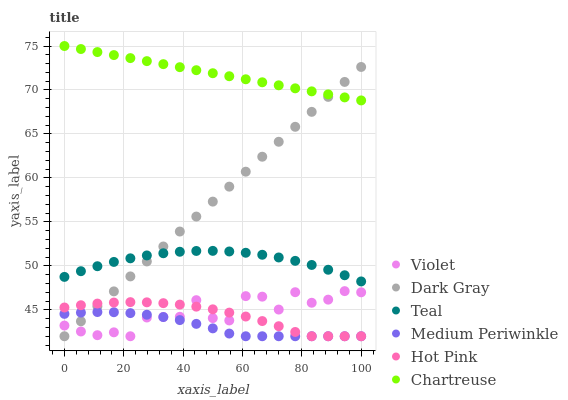
| xaxis_label | Violet | Dark Gray | Teal | Medium Periwinkle | Hot Pink | Chartreuse |
 | --- | --- | --- | --- | --- | --- | --- |
 | 0 | 43.2 | 42 | 48.7 | 44.5 | 45.3 | 75 |
 | 5.56 | 42.5 | 43.7 | 49.4 | 44.7 | 45.5 | 74.7 |
 | 11.1 | 42.1 | 45.4 | 50 | 44.8 | 45.7 | 74.3 |
 | 16.7 | 42.4 | 47.1 | 50.5 | 44.7 | 45.8 | 74 |
 | 22.2 | 42 | 48.8 | 50.9 | 44.6 | 45.9 | 73.6 |
 | 27.8 | 44.1 | 50.5 | 51.2 | 44.4 | 45.9 | 73.3 |
 | 33.3 | 44.2 | 52.2 | 51.4 | 44.2 | 45.8 | 72.9 |
 | 38.9 | 44.2 | 53.9 | 51.6 | 43.8 | 45.6 | 72.6 |
 | 44.4 | 46.1 | 55.6 | 51.7 | 43.4 | 45.4 | 72.3 |
 | 50 | 44.1 | 57.3 | 51.7 | 42.9 | 45.1 | 71.9 |
 | 55.6 | 43.8 | 59 | 51.6 | 42.3 | 44.7 | 71.6 |
 | 61.1 | 46.6 | 60.7 | 51.5 | 42 | 44.2 | 71.2 |
 | 66.7 | 46.5 | 62.4 | 51.3 | 42 | 43.7 | 70.9 |
 | 72.2 | 45 | 64.1 | 51 | 42 | 43.1 | 70.5 |
 | 77.8 | 47 | 65.8 | 50.6 | 42 | 42.5 | 70.2 |
 | 83.3 | 45.8 | 67.5 | 50.1 | 42 | 42 | 69.8 |
 | 88.9 | 46.2 | 69.2 | 49.6 | 42 | 42 | 69.5 |
 | 94.4 | 47.1 | 70.9 | 48.9 | 42 | 42 | 69.2 |
 | 100 | 47 | 72.6 | 48.2 | 42 | 42 | 68.8 |